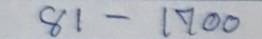
81 - 1700